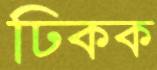
ঢিকক